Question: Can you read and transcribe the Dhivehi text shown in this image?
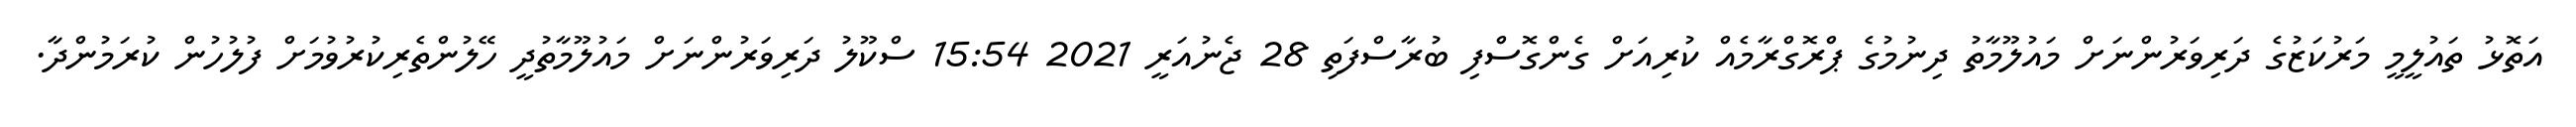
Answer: އަތޮޅު ތައުލީމީ މަރުކަޒުގެ ދަރިވަރުންނަށް މައުލޫމާތު ދިނުމުގެ ޕްރޮގްރާމެއް ކުރިއަށް ގެންގޮސްފި ބުރާސްފަތި 28 ޖެނުއަރީ 2021 15:54 ސްކޫލު ދަރިވަރުންނަށް މައުލޫމާތުދީ ހޭލުންތެރިކުރުވުމަށް ފުލުހުން ކުރަމުންދާ.